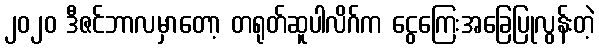
၂၀၂၀ ဒီဇင်ဘာလမှာတော့ တရုတ်ဆူပါလိဂ်က ငွေကြေးအခြေပြုလွန်းတဲ့